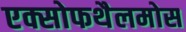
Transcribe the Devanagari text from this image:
एक्सोफथैलमोस